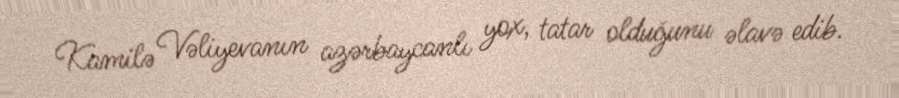
Kamilə Vəliyevanın azərbaycanlı yox, tatar olduğunu əlavə edib.